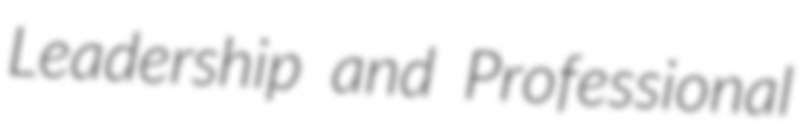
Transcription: Leadership and Professional